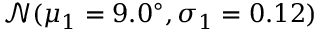
\mathcal { N } ( \mu _ { 1 } = 9 . 0 ^ { \circ } , \sigma _ { 1 } = 0 . 1 2 )